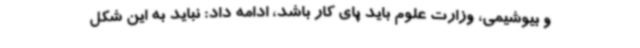
و بیوشیمی، وزارت علوم باید پای کار باشد، ادامه داد: نباید به این شکل